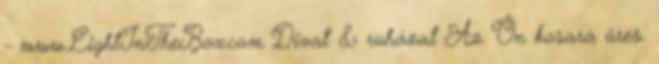
- www.LightInTheBox.com Divat & ruházat Az Ön kosara üres.